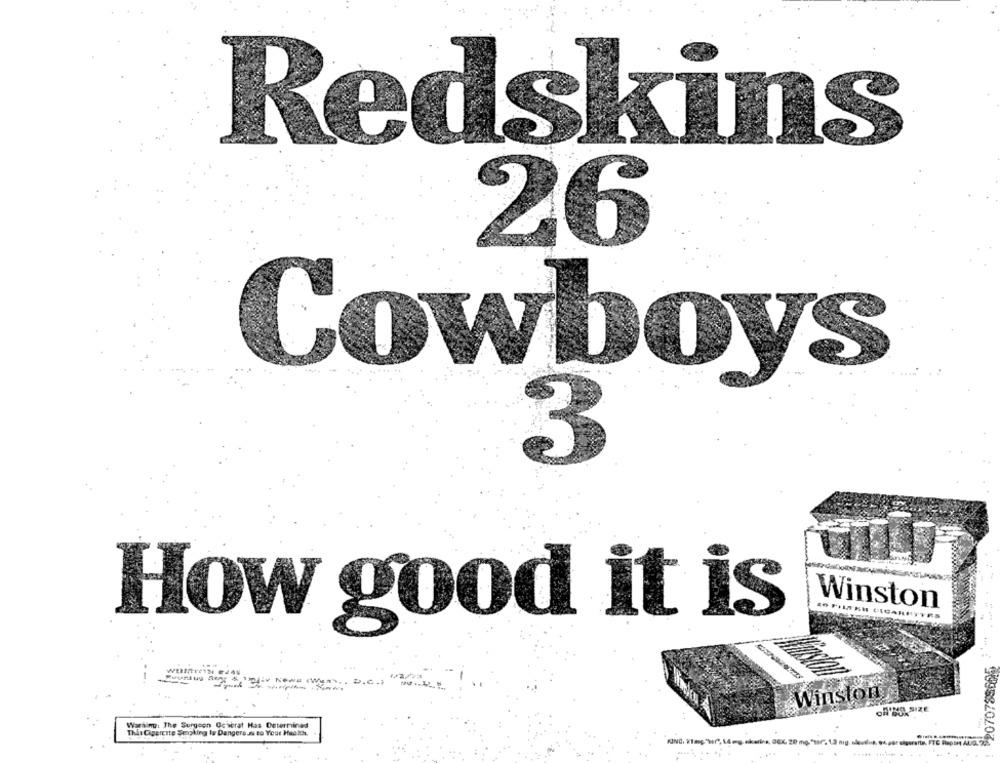
Redskins
26
Cowboys
3
Winston
20 FILS SH CIGARETTES
How good it is
2070788695 *
Winston
OASS SIZE
Warning: The Surgeon Gesbrat Has Determined
This Capercite Smoking Is Dangere Ja to Your Haakh.
-